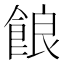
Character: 𩛡